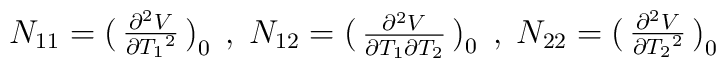
N_{11}=\pmatrix{{\frac{{\partial^2} V}{\partial {T_1}^2}}\cr}_0\;,\; N_{12}=\pmatrix{{\frac{{\partial^2} V}{\partial {T_1}\partial {T_2}}}\cr}_{0}\;,\;N_{22}=\pmatrix{{\frac{{\partial^2} V}{\partial {T_2}^2}}\cr}_{0}